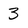
Character: 3